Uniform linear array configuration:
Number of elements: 4
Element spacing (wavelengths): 0.75
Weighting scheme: hamming
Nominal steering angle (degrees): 15
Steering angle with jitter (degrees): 15.111
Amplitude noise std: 0.05
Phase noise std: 0.05

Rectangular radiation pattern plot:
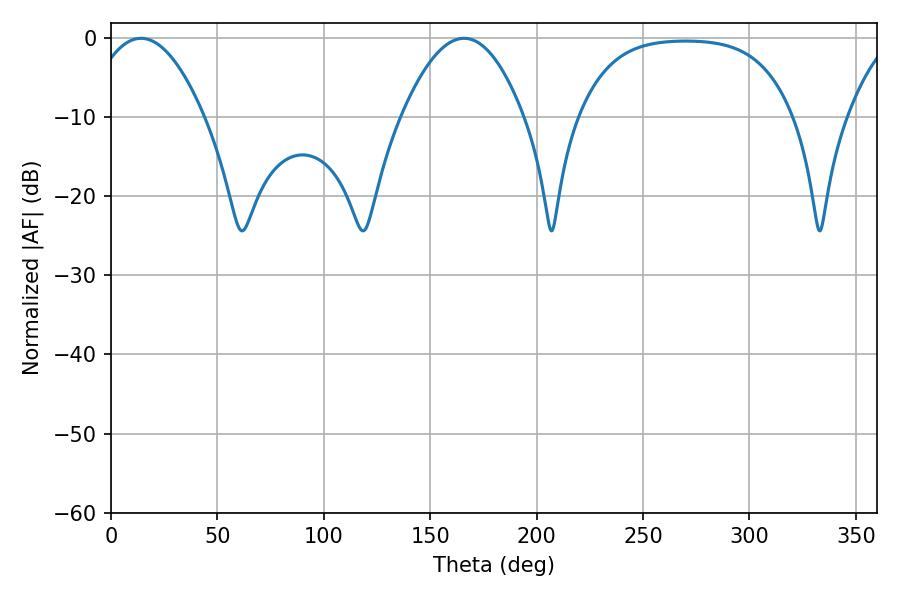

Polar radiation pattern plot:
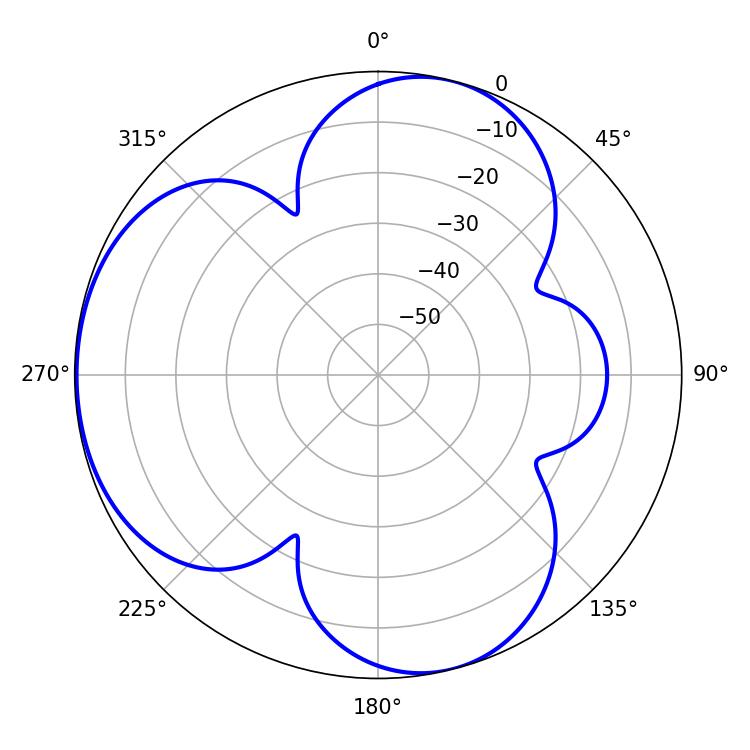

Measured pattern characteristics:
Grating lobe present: TRUE
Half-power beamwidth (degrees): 30.06
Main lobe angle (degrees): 14.04